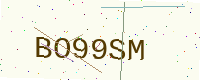
Text: BO99SM